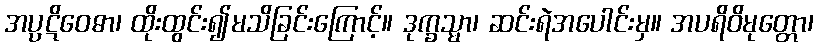
အပ္ပဋိဝေဓာ၊ ထိုးထွင်း၍မသိခြင်းကြောင့်။ ဒုက္ခသ္မာ၊ ဆင်းရဲအပေါင်းမှ။ အပရိဝိမုတ္တော၊